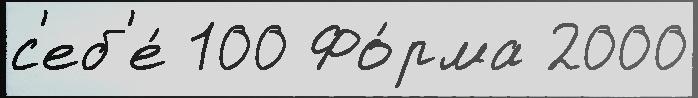
с'еб'е́ 100 Фо́рма 2000